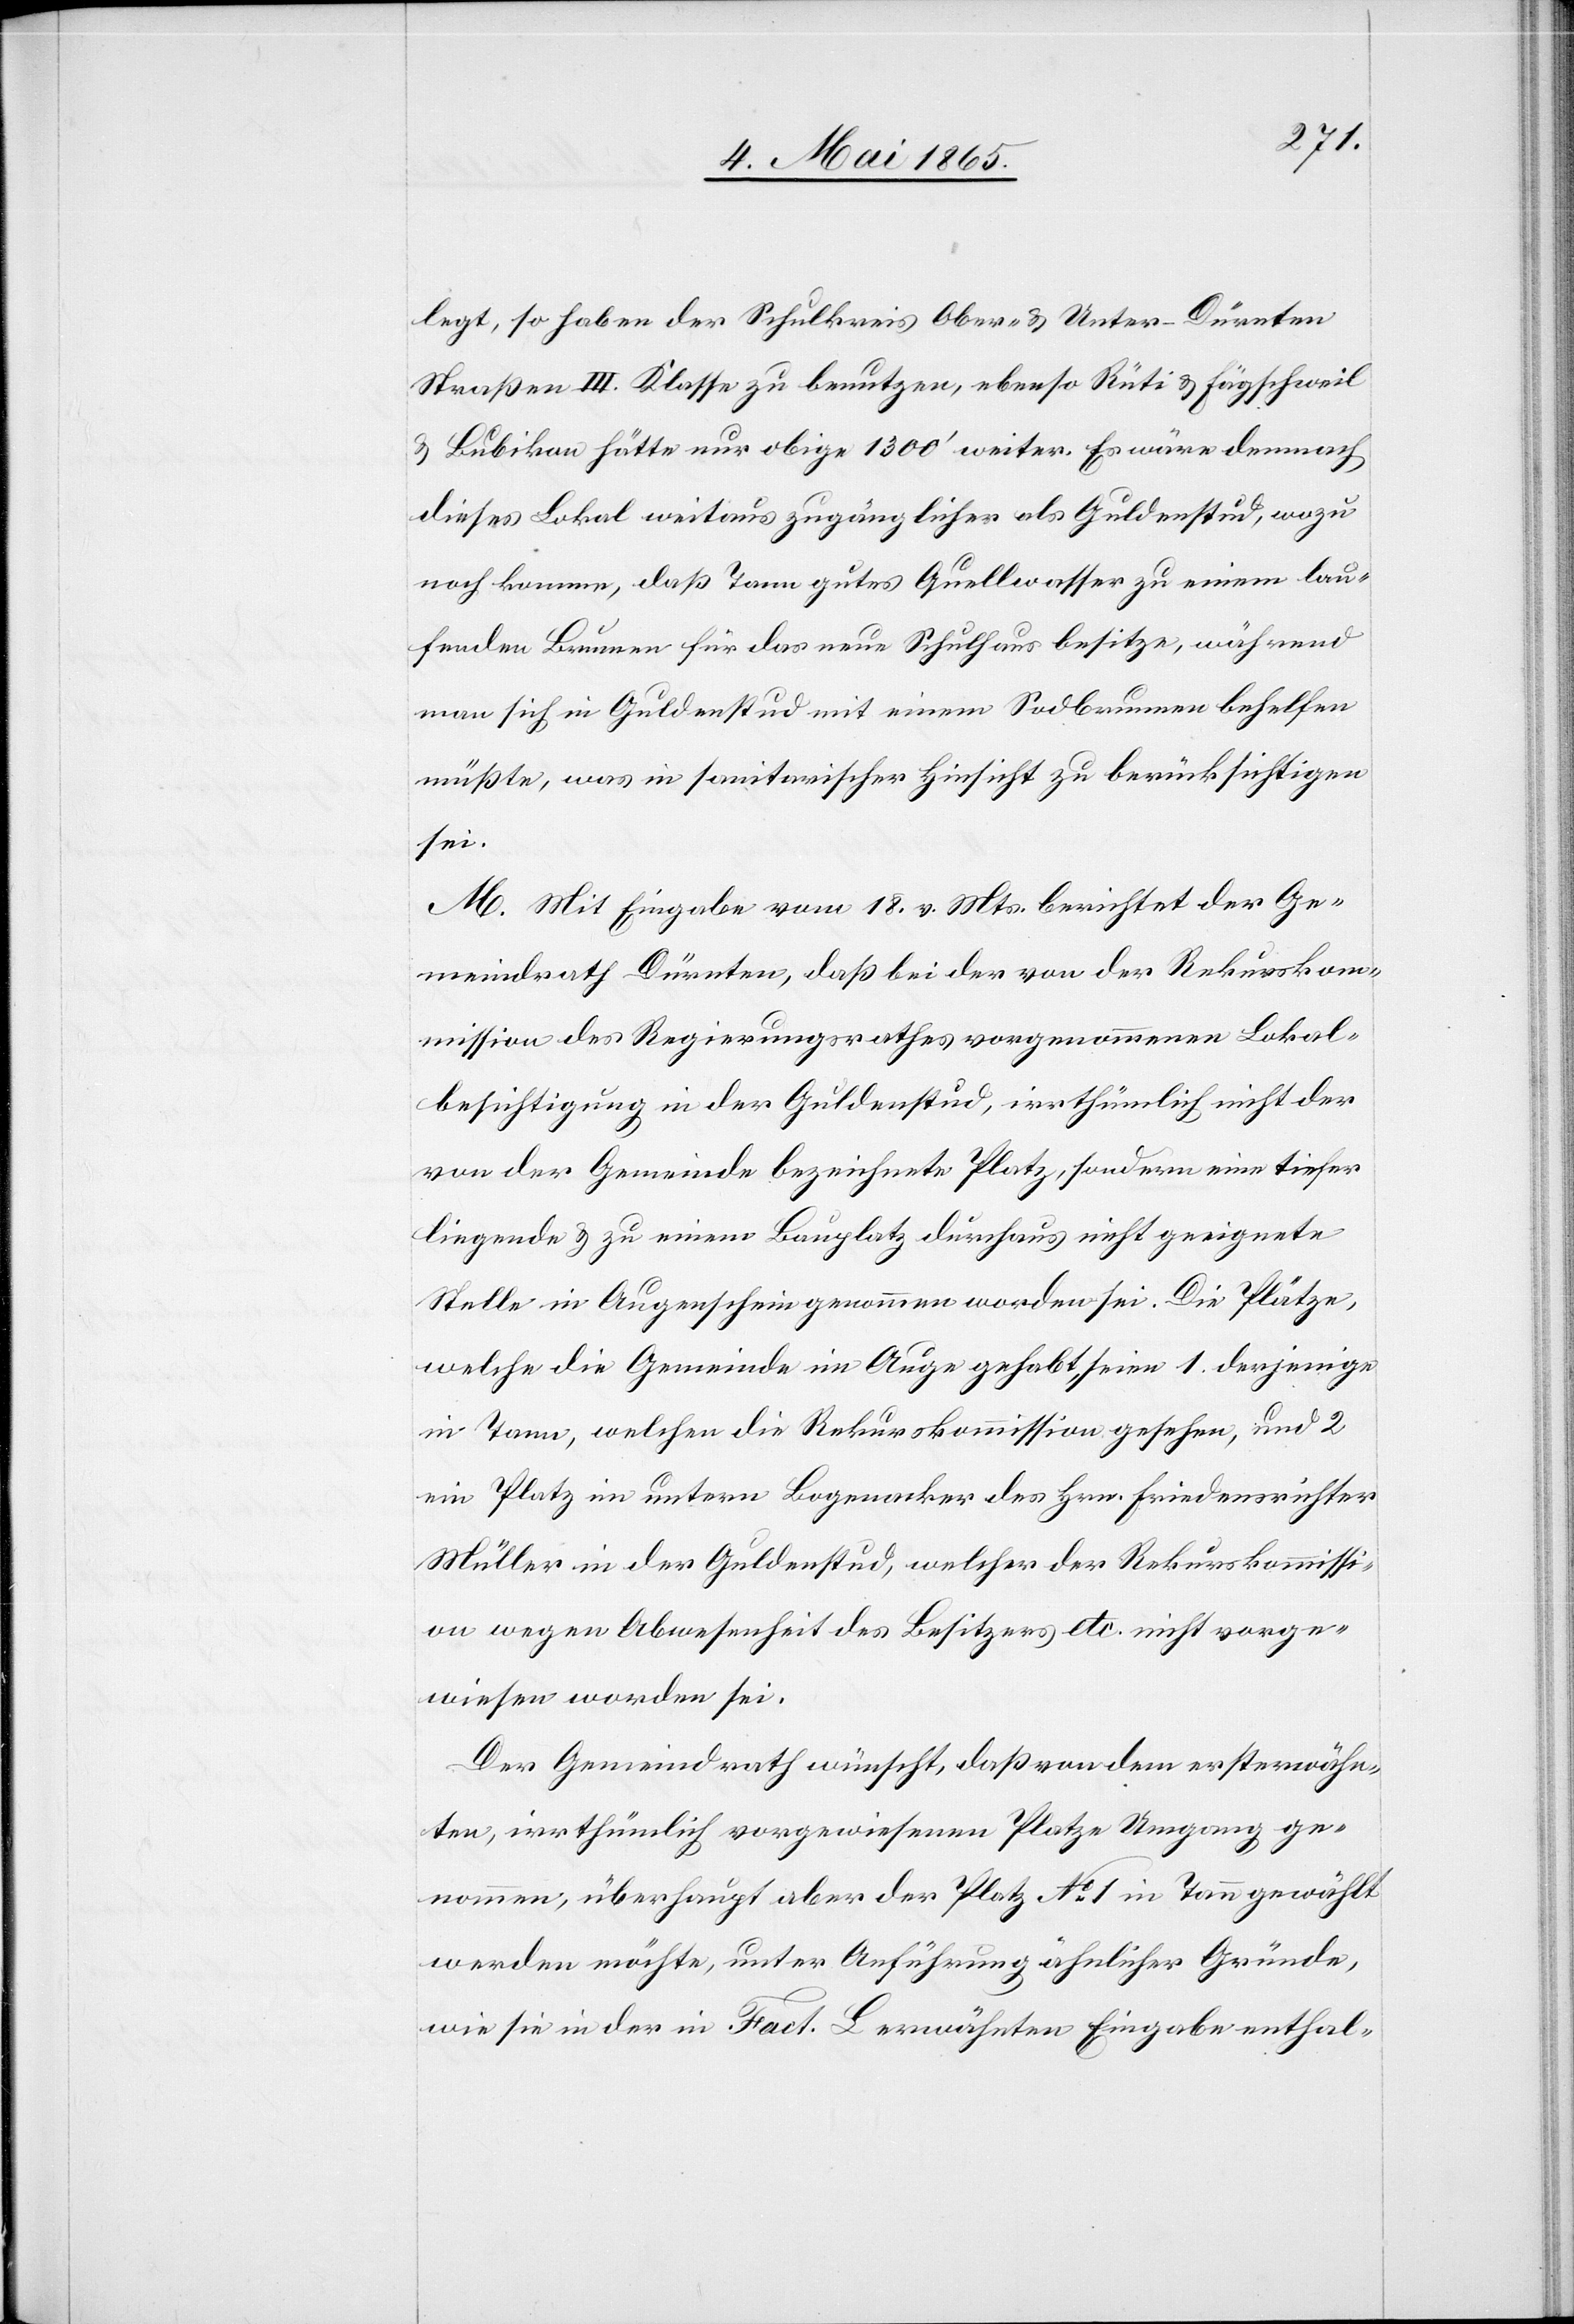
legt, so haben der Schulkreis Ober- & Unter-Dürnten
Straßen III. Klasse zu benutzen, ebenso Rüti & Fägschweil
& Bubikon hätte nur obige 1300’ weiter. Es wäre demnach
dieses Lokal weitaus zugänglicher als Guldenstud, wozu
noch komme, daß Tann gutes Quellwasser zu einem lau¬
fenden Brunnen für das neue Schulhaus besitze, während
man sich in Guldenstud mit einem Sodbrunnen behelfen
müßte, was in sanitarischer Hinsicht zu berücksichtigen
sei.
M. Mit Eingabe vom 18. v. Mts. berichtet der Ge¬
meindrath Dürnten, daß bei der von der Rekurskom¬
mission des Regierungsrathes vorgenommenen Lokal¬
besichtigung in der Guldenstud, irrthümlich nicht der
von der Gemeinde bezeichnete Platz, sondern eine tiefer
liegende & zu einem Bauplatz durchaus nicht geeignete
Stelle in Augenschein genommen worden sei. Die Plätze,
welche die Gemeinde im Auge gehabt, seien 1. derjenige
in Tann, welchen die Rekurskommission gesehen, und 2
ein Platz im untern Bogenacker des Hrn. Friedensrichter
Müller in der Guldenstud, welcher der Rekurskommissi¬
on wegen Abwesenheit des Besitzers etc. nicht vorge¬
wiesen worden sei.
Der Gemeindrath wünscht, daß von dem ersterwähn¬
ten, irrthümlich vorgewiesenen Platze Umgang ge¬
nommen, überhaupt aber der Platz No 1 in Tann gewählt
werden möchte, unter Anführung ähnlicher Gründe,
wie sie in der in Fact. L erwähnten Eingabe enthal-